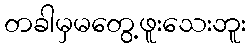
တခါမှမတွေ့ဖူးသေးဘူး